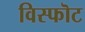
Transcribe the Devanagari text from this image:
विस्फॊट